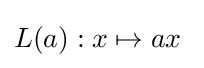
L(a):x\mapsto ax\